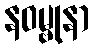
နဝမ္ဗုနာ